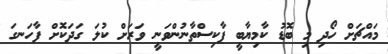
މައްޗަށް ހޯދި މި ބޮޑު ކާމިޔާބީ ޕާކިސްތާނުންވަނީ ވަރަށް ކުލަ ގަދަކޮށް ފާހަނގަ